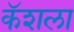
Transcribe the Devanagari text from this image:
कॅशला